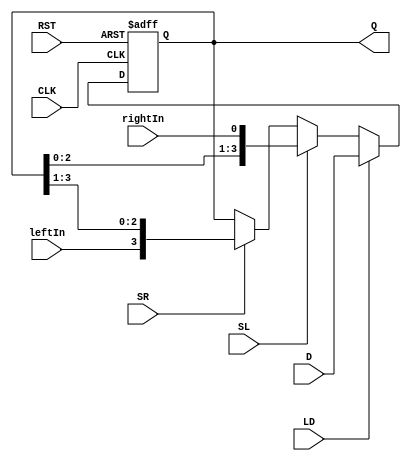
module shifter_register #(parameter WIDTH = 4)(
	input [WIDTH-1:0] D,
	input leftIn, rightIn, LD, SL, SR, RST, CLK,
	output reg [WIDTH-1:0] Q);
	always@ (posedge CLK, posedge RST) begin
		if(RST) Q <= 0;
		else if (LD) Q <= D;
		else if (SL) Q <= {Q[WIDTH-2:0], rightIn};
		else if (SR) Q <= {leftIn, Q[WIDTH-1:1]};
		else Q = Q;
	end
endmodule